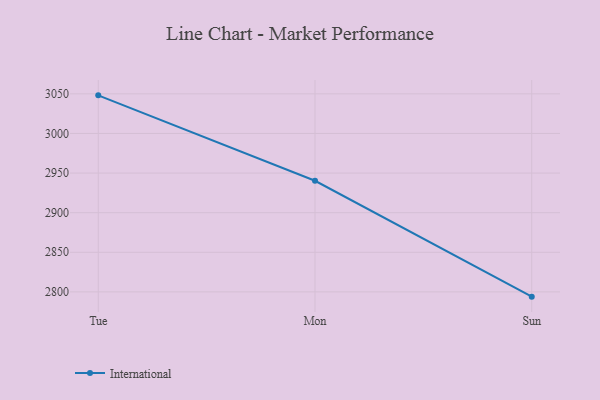
{"axis": {"x": "Day", "y": "Production Output"}, "legend": ["International"], "data": [{"x": "Tue", "y": 3048.1, "type": "International"}, {"x": "Mon", "y": 2940.3, "type": "International"}, {"x": "Sun", "y": 2794.0, "type": "International"}]}